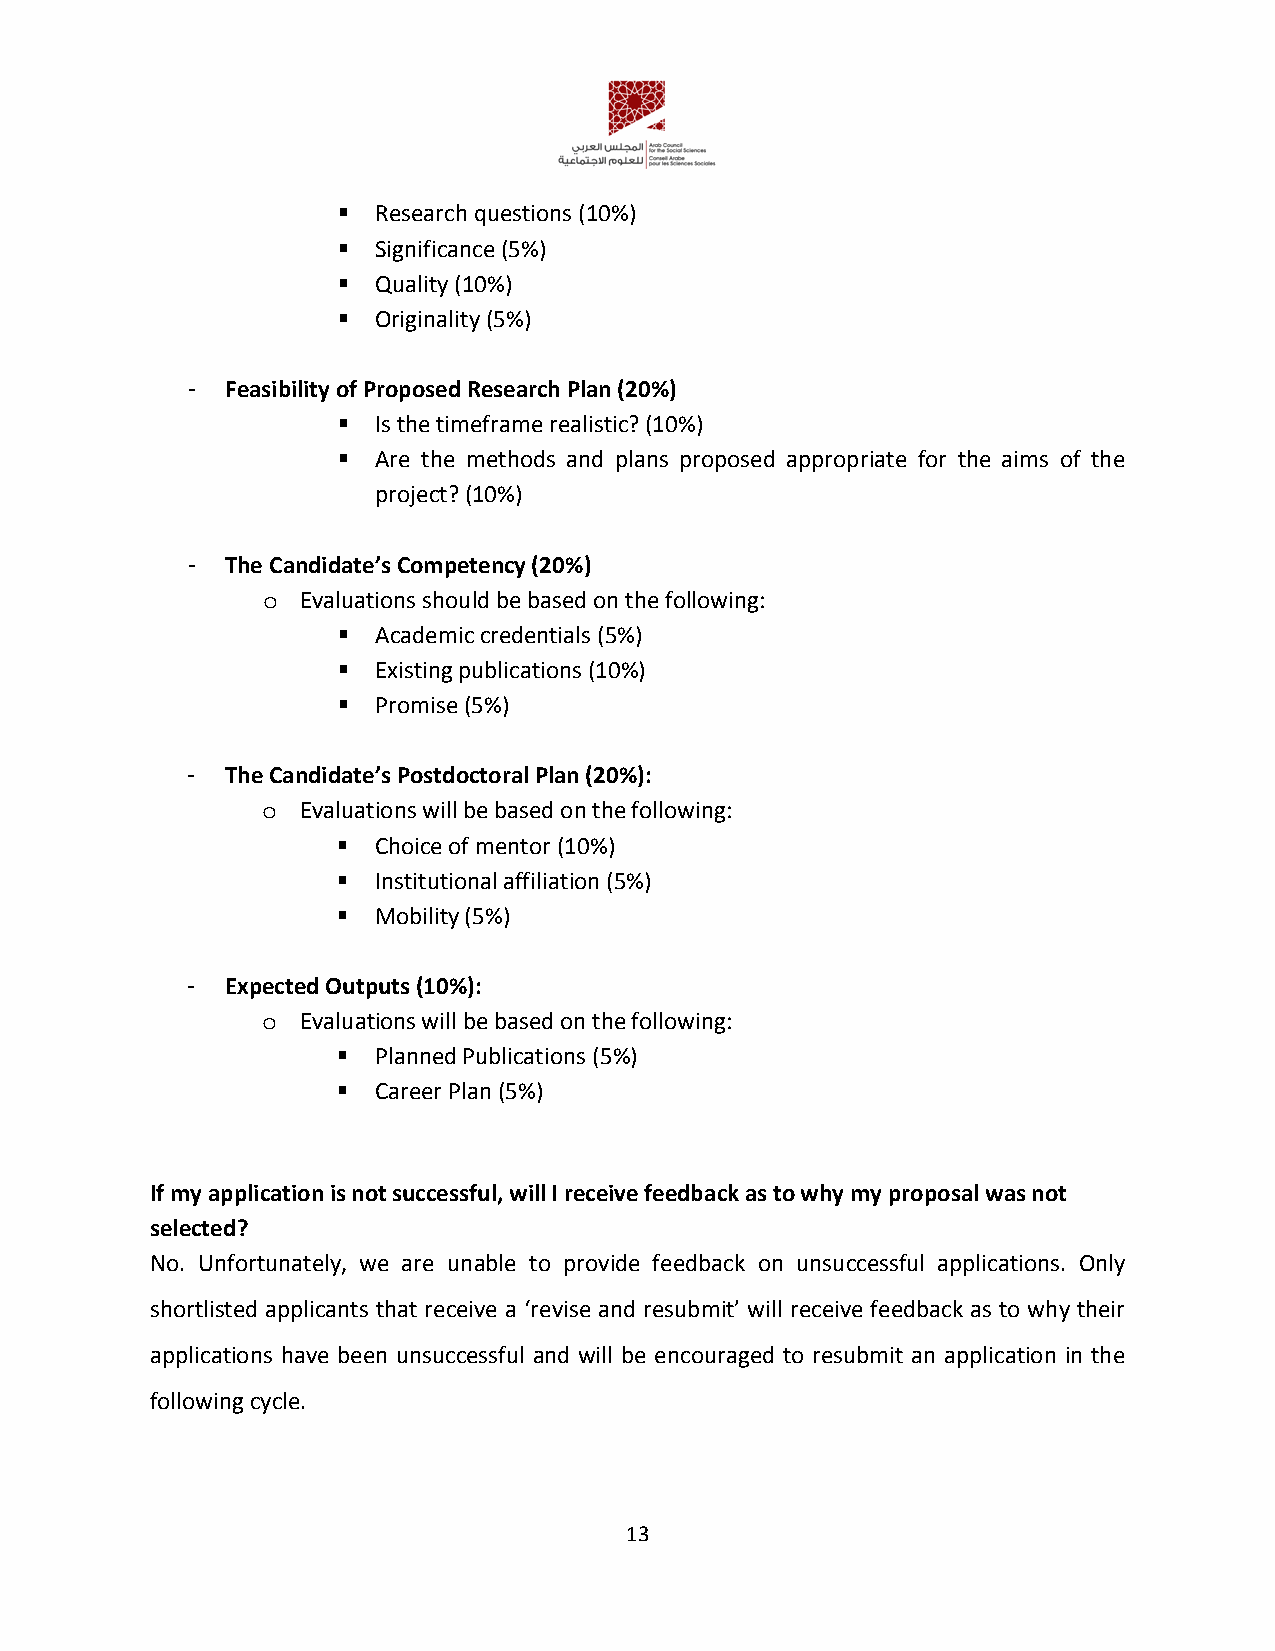
  Research questions (10%)
   Significance (5%)
   Quality (10%)
   Originality (5%)
 -  Feasibility of Proposed Research Plan (20%)
   Is the timeframe realistic? (10%)
   Are the methods and plans proposed appropriate for the aims of the
 project? (10%)
 -  The Candidate’s Competency (20%)
 Evaluations should be based on the following:
 o
   Academic credentials (5%)
   Existing publications (10%)
   Promise (5%)
 -  The Candidate’s Postdoctoral Plan (20%):
 Evaluations will be based on the following:
 o
   Choice of mentor (10%)
   Institutional affiliation (5%)
   Mobility (5%)
 -  Expected Outputs (10%):
 Evaluations will be based on the following:
 o
   Planned Publications (5%)
   Career Plan (5%)
 If my application is not successful, will I receive feedback as to why my proposal was not
 selected?
 No. Unfortunately, we are unable to provide feedback on unsuccessful applications. Only
 shortlisted applicants that receive a ‘revise and resubmit’ will receive feedback as to why their
 applications have been unsuccessful and will be encouraged to resubmit an application in the
 following cycle.
 13